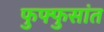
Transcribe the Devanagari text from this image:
फुफ्फुसांत